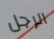
الرجل